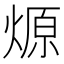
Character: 㷧